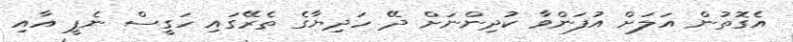
އެގޮތުން އަލަށް އުފަންވާ ކުދިންނަށް ދޭ ހަދިޔާގެ ތެރޭގައި ހަގީސް ނެޕީ އާއި